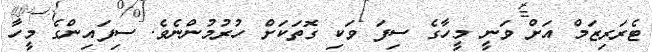
ޓެރަރިޒަމް އަށް ވަނީ މީހާގެ ސިފަ ވަކި ގޮތަކަށް ހުރުމުންނެވެ. ސިފައިންގެ މީހާ